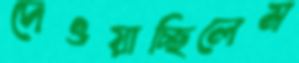
দেওয়াচ্ছিলেম